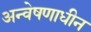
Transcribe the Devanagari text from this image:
अन्वेषणाधीन